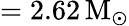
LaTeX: =2.62\, \mathrm{M_{\odot}}